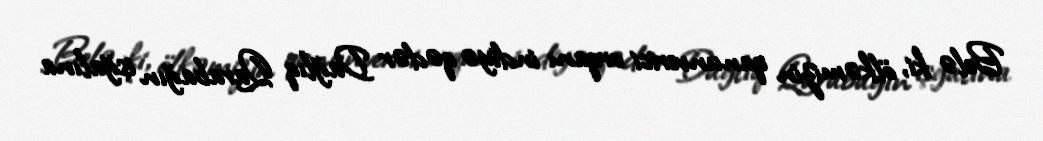
Belə ki, ölkəmizin qanunverici orqanı indiyə qədər Dağlıq Qarabağın işğalına